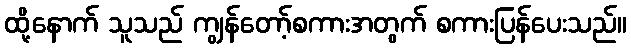
ထို့နောက် သူသည် ကျွန်တော့်စကားအတွက် စကားပြန်ပေးသည်။